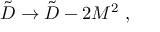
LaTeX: \tilde { D } \to \tilde { D } - 2 M ^ { 2 } \ ,